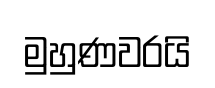
මුහුණවරයි